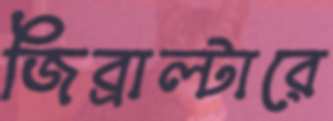
জিব্রাল্টারে